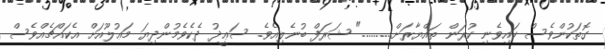
ގޮތަކުންވެސް ކައިވެނި ކުރަން ތައްޔާރަށް..........." ޝަރަފް ބުނެލިއެވެ. ސަޢީދު ދެކެވެމުންދިޔަ މަޢުލޫއަށް އެކައްޗެއްވެސް